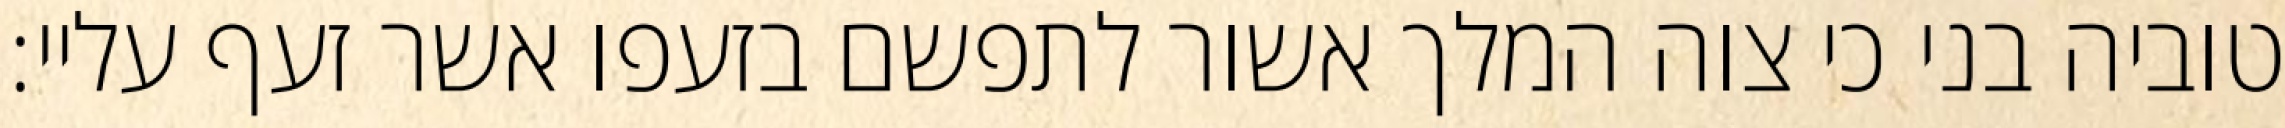
טוביה בני כי צוה המלך אשור לתפשם בזעפו אשר זעף עליי: